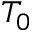
T _ { 0 }